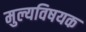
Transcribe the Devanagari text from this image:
मुल्यविषयक